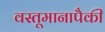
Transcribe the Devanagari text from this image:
वस्तूमानापैकी